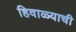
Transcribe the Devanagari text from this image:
हिवाळ्याची